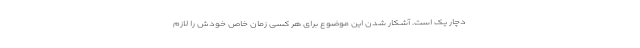
دچار یک است. آشکار شدن این موضوع برای هر کسی زمان خاص خودش را لازم